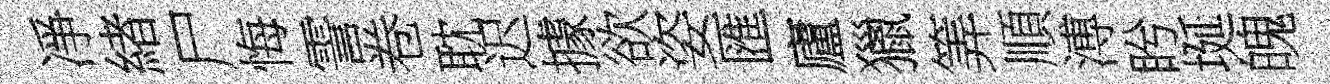
凈緖尸悔霅卷耽迟據欲姿匯廬獵筭順溥盻埏魄